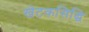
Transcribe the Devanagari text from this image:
खेटकसिद्धि